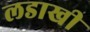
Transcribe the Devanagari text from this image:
लडाखी